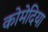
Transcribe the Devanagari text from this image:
कोमेदिया